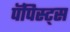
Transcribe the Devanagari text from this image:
पॅपिस्ट्स